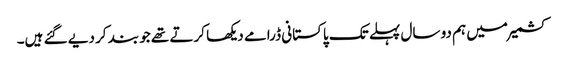
کشمیر میں ہم دو سال پہلے تک پاکستانی ڈرامے دیکھا کرتے تھے جو بند کر دیے گئے ہیں۔